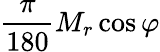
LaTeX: {\frac{\pi}{180}}M_{r}\cos\varphi